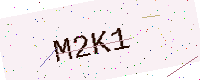
Text: M2K1